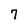
Character: 7